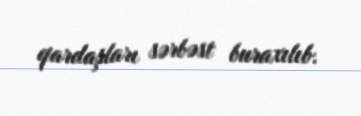
qardaşları sərbəst buraxılıb.